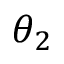
\theta _ { 2 }